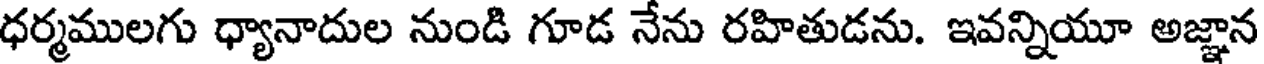
ధర్మములగు ధ్యానాదుల నుండి గూడ నేను రహితుడను. ఇవన్నియూ అజ్ఞాన